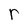
Character: r